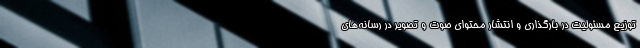
توزیع مسئولیت در بارگذاری و انتشار محتوای صوت و تصویر در رسانه‌های